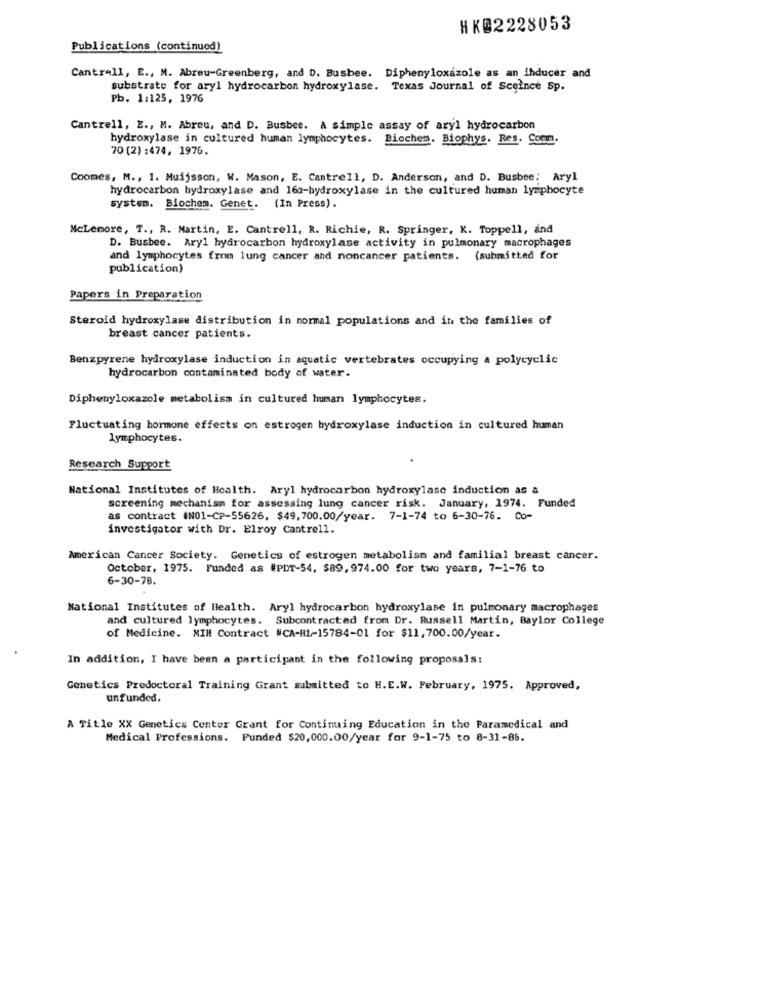
HK@2228053
Publications (continued)
Cantrell, E ., M. Abreu-Greenberg, and D. Busbee. Diphenyloxazole as an ihducer and
substrate for aryl hydrocarbon hydroxylase. Texas Journal of Sceince Sp.
Pb. 1:125, 1976
Cantrell, E ., M. Abreu, and D. Busbee. A simple assay of aryl hydrocarbon
hydroxylase in cultured human lymphocytes. Biochem. Biophys. Res. Comm.
70 (2) :474, 1976.
Coomes, M ., I. Muijsson, W. Mason, E. Cantrell, D. Anderson, and D. Busbee: Aryl
hydrocarbon hydroxylase and 160-hydroxylase in the cultured human lymphocyte
system. Biochem. Genet. (In Press).
McLemore, T ., R. Martin, E. Cantrell, R. Richie, R. Springer, K. Toppell, and
D. Busbee. Aryl hydrocarbon hydroxylase activity in pulmonary macrophages
and lymphocytes from lung cancer and noncancer patients. (submitted for
publication)
Papers in Preparation
Steroid hydroxylase distribution in normal populations and in the families of
breast cancer patients.
Benzpyrene hydroxylase induction in aquatic vertebrates occupying a polycyclic
hydrocarbon contaminated body of water.
Diphenyloxazole metabolism in cultured human lymphocytes.
Fluctuating hormone effects on estrogen hydroxylase induction in cultured human
lymphocytes.
Research Support
National Institutes of Health. Aryl hydrocarbon hydroxylase induction as a
screening mechanism for assessing lung cancer risk. January, 1974. Funded
as contract #N01-CP-55626, $49,700.00/year. 7-1-74 to 6-30-76. Co-
investigator with Dr. Elroy Cantrell.
American Cancer Society. Genetics of estrogen metabolism and familial breast cancer.
October, 1975. Funded as #PDT-54, $89, 974.00 for two years, 7-1-76 to
6-30-78.
National Institutes of Health. Aryl hydrocarbon hydroxylase in pulmonary macrophages
and cultured lymphocytes. Subcontracted from Dr. Russell Martin, Baylor College
of Medicine. MIR Contract #CA-HL-15784-01 for $11,700.00/year.
In addition, I have been a participant in the following proposals:
Genetics Predoctoral Training Grant submitted to H.E.W. February, 1975. Approved,
unfunded.
A Title XX Genetics Center Grant for Continuing Education in the Paramedical and
Medical Professions. Funded $20,000.00/year for 9-1-75 to 8-31-86.